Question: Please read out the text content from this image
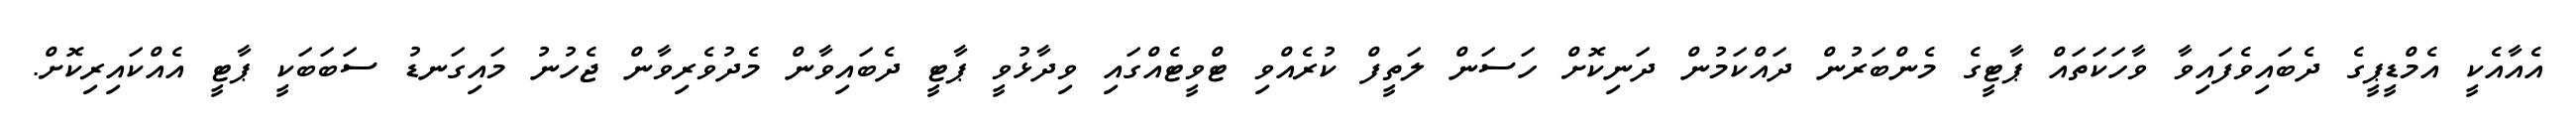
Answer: އެއާއެކީ އެމްޑީޕީގެ ދެބައިވެފައިވާ ވާހަކަތައް ޕާޓީގެ މެންބަރުން ދައްކަމުން ދަނިކޮށް ހަސަން ލަތީފް ކުރެއްވި ޓްވީޓެއްގައި ވިދާޅުވީ ޕާޓީ ދެބައިވާން މެދުވެރިވާން ޖެހުނު މައިގަނޑު ސަބަބަކީ ޕާޓީ އެއްކައިރިކޮށް.